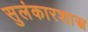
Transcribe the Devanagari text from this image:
सुलंकारशास्त्र